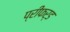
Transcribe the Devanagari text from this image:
प्रीफर्ड